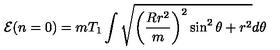
{ \cal E } ( n = 0 ) = m T _ { 1 } \int \sqrt { \bigg ( \frac { R r ^ { 2 } } { m } \bigg ) ^ { 2 } \sin ^ { 2 } \theta + r ^ { 2 } } d \theta